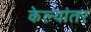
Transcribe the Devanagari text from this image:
केल्यांतर